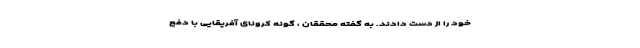
خود را از دست دادند. به گفته محققان ، گونه کرونای آفریقایی با دفع